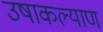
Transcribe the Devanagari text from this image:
उषाकल्याण